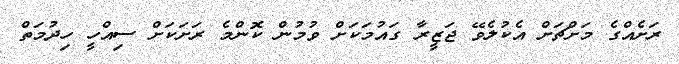
ރަށެއްގެ މަށްޗަށް އެކުލެވޭ ޖަޒީރާ ގައުމަކަށް ވުމުން ކޮންމެ ރަށަކަށް ސިއްހީ ހިދުމަތް